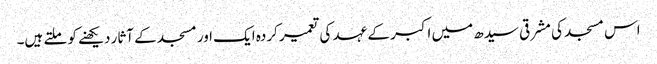
اس مسجد کی مشرقی سیدھ میں اکبر کے عہد کی تعمیر کردہ ایک اور مسجد کے آثار دیکھنے کو ملتے ہیں۔